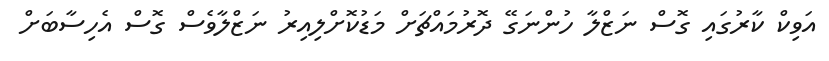
އަވިކް ކާރުގައި ގޮސް ނަޒްލާ ހުންނަގޭ ދޮރުމައްޗަށް މަޑުކޮށްލިއިރު ނަޒްލާވެސް ގޮސް އެހިސާބަށް